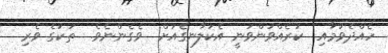
ހެއްދެވުމާއި  ކުރެއްވުންވަނީ އެކަލާނގެއަށް  ވެގެންނެވެ.  ތަކުގެ ވެރި